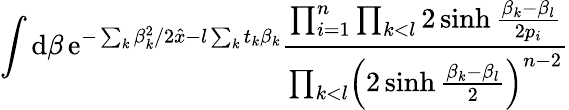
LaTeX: \int\mathrm{d}\beta\, \mathrm{{e}}^{-\sum_{k}\beta_{k}^{2}/2\hat{{x}}-l\sum_{k}t_{k}\beta_{k}}{\frac{{\prod_{i=1}^{n}\prod_{k<l}2\sinh{\frac{{\beta_{k}-\beta_{l}}}{{2p_{i}}}}}}{{\prod_{k<l}\Bigl(2\sinh{\frac{{\beta_{k}-\beta_{l}}}{{2}}}\Bigr)^{n-2}}}}